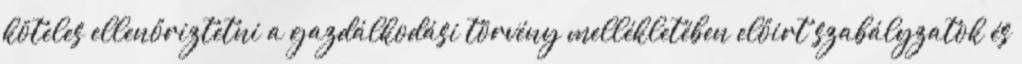
köteles ellenőriztetni a gazdálkodási törvény mellékletében előirt szabályzatok és